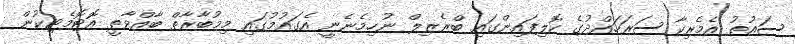
ސައުތު އެމެރިކާ ސަރަހައްދުގެ ކޮލިފައިންގައި ބްރެޒިލް ނުހިމެނެނީ އެގައުމުގައި މިމުބާރާތް ބާއްވާތީ އޮޓޮމެޓިކުން